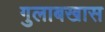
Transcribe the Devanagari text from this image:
गुलाबखास